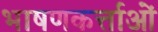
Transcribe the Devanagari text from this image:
भाषणकर्त्ताओं